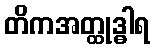
တိကအတ္ထုဒ္ဓါရ